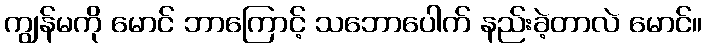
ကျွန်မကို မောင် ဘာကြောင့် သဘောပေါက် နည်းခဲ့တာလဲ မောင်။